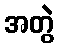
အတွဲ